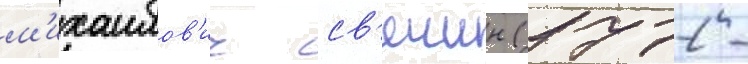
м'ихаилов'ич св'ечин (1772 -